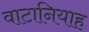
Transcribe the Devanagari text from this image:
वाटानियाह